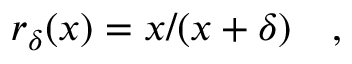
r _ { \delta } ( x ) = x / ( x + \delta ) \quad ,